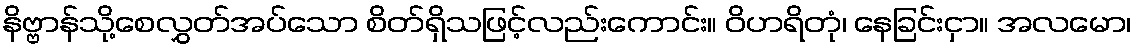
နိဗ္ဗာန်သို့စေလွှတ်အပ်သော စိတ်ရှိသဖြင့်လည်းကောင်း။ ဝိဟရိတုံ၊ နေခြင်းငှာ။ အလမော၊